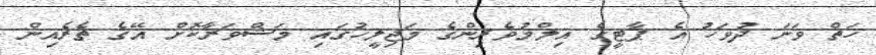
ހަތް ވަނަ ދުވަހު އެ ޕާޓީގެ އިލްމުވެރިންގެ މަޖިލީހުގައި މަޝްވަރާކޮށް އޭގެ ތެރެއިން